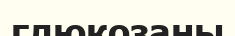
глюкозаны